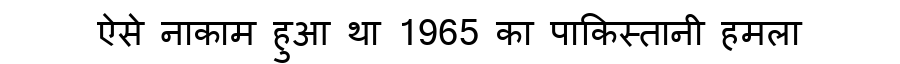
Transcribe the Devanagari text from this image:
ऐसे नाकाम हुआ था 1965 का पाकिस्तानी हमला